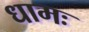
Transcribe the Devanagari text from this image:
धामः